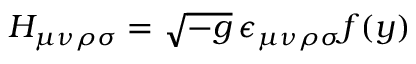
H _ { \mu \nu \rho \sigma } = \sqrt { - g } \, \epsilon _ { \mu \nu \rho \sigma } f ( y )